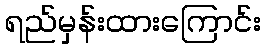
ရည်မှန်းထားကြောင်း